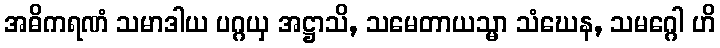
အဓိကရဏံ သမာဒါယ ပဂ္ဂယှ အဋ္ဌာသိ, သမေတာယသ္မာ သံဃေန, သမဂ္ဂေါ ဟိ